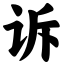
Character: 诉